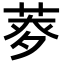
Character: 𦱏